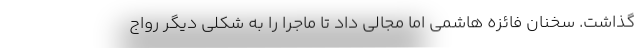
گذاشت. سخنان فائزه هاشمی اما مجالی داد تا ماجرا را به شکلی دیگر رواج